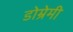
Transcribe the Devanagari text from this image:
डोम्रेमी